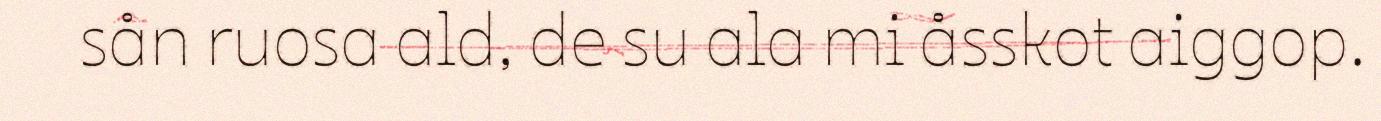
sån ruosa ald, de su ala mi åsskot aiggop.